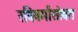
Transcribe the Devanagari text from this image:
रविवर्मांसोबत